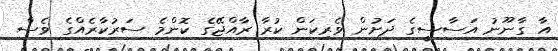
އާ ގާނޫނު އަސާސީގެ ދަށުން ވެރިކަން ކުރާ ރާއްޖޭގެ ކޮންމެ ސަރުކާރެއްގެ ވެސް